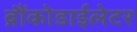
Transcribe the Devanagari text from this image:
ब्रौंकोडाईलेटर